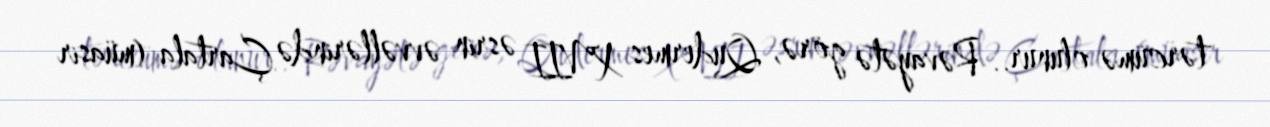
tərcümə olunur.. Rəvayətə görə, Qudermes XVII əsrin əvvəllərində Çartala (müasir